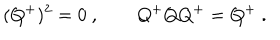
( Q ^ { + } ) ^ { 2 } = 0 \ , \qquad Q ^ { + } Q Q ^ { + } = Q ^ { + } \ .